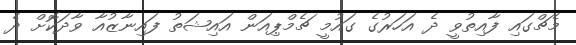
މެޗްގައި ފާއިތުވީ ދެ އަހަރުގެ ގައުމީ ޗެމްޕިއަން އައިޝަތު ފައިނާޒުއާ ވާދަކޮށް ދެ